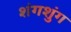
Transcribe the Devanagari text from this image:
शंगशुंग